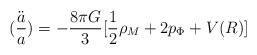
LaTeX: \begin{align*}(\frac{\ddot{a}}{a})=-\frac{8\pi G}{3}[\frac{1}{2}\rho_{M}+2p_{\Phi}+V(R)]\end{align*}